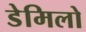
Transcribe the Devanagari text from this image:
डेमिलो